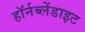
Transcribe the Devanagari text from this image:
हॉर्नब्लेंडाइट